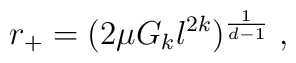
r_{+}=(2\mu G_{k}l^{2k})^{\frac{1}{d-1}}\;,